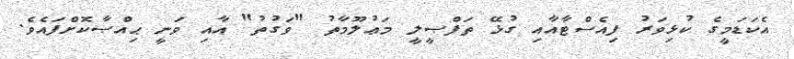
އެކަޑަމީގެ ކުޅިވަރު ފިއެސްޓާއާއި ގުޅޭ ތަފްޞީލީ މަޢުލޫމާތު "ވަގުތު" އާއި ވަނީ ޙިއްޞާކޮށްފައެވެ.